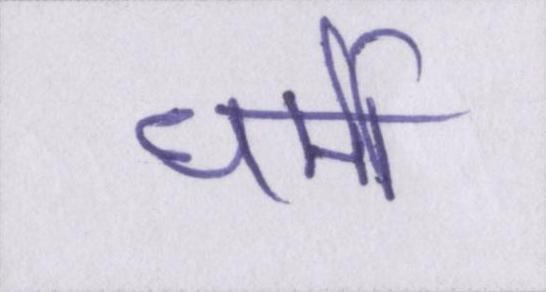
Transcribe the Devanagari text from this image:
धर्मी